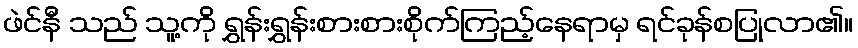
ဖဲင်နီ သည် သူ့ကို ရွှန်းရွှန်းစားစားစိုက်ကြည့်နေရာမှ ရင်ခုန်စပြုလာ၏။